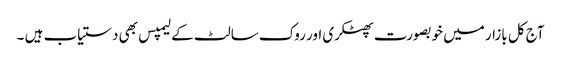
آج کل بازار میں خوبصورت پھٹکری اور روک سالٹ کے لیمپس بھی دستیاب ہیں ۔